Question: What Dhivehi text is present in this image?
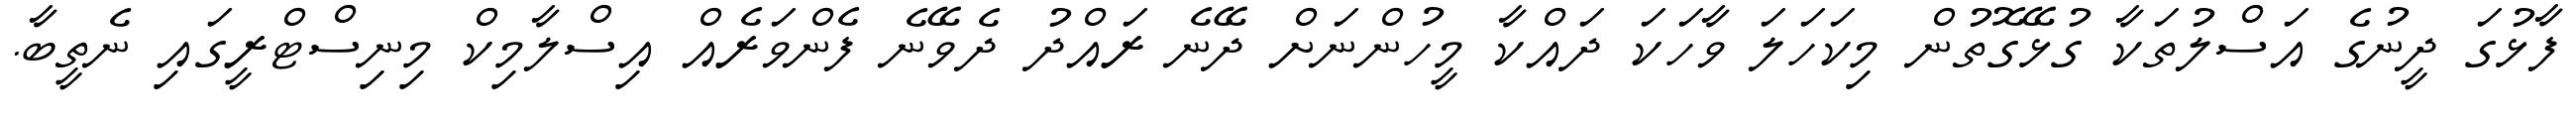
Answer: ފާޅުގަ ދީނުގެ އަސްލުތަކާ ގުޅޭގޮތުން މިކަހަލަ ވާހަކަ ދައްކާ މީހުންނަށް ދޭނެ ރައްދު ދެވޭނެ ފެންވަރެއް އިސްލާމިކް މިނިސްޓްރީގައި ނެތީބާ.